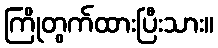
ကြိုတွက်ထားပြီးသား။